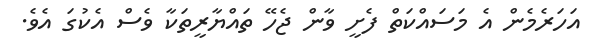
އަހަރެމެން އެ މަސައްކަތް ފެށީ ވާން ޖެހޭ ތައްޔާރީތަކާ ވެސް އެކުގަ އެވެ.